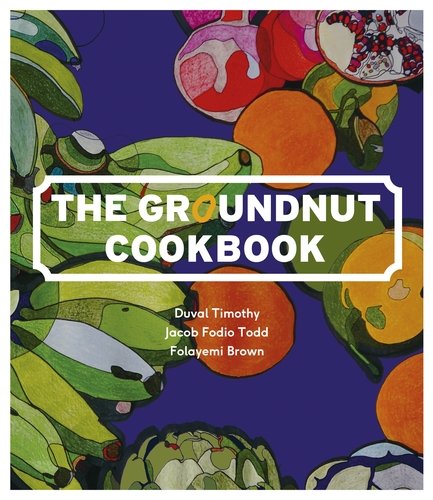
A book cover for The Groundnut Cookbook; Duval Bankole Timothy; Cookbooks, Food & Wine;